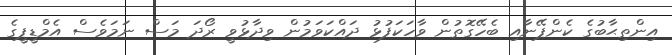
އިންތިޙާބުގެ ކެންޕޭނާއި ބެހޭގޮތުން ވާހަކަފުޅު ދައްކަވަމުން ވިދާޅުވީ ރޯދަ މަސް ނަމަވެސް އެމްޑީޕީގެ